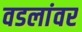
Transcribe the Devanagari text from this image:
वडलांवर